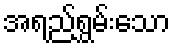
အရည်ရွှမ်းသော